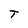
Character: T